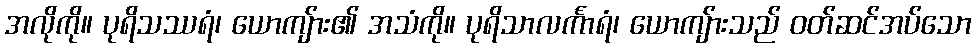
အလိုကို။ ပုရိသဿရံ၊ ယောကျ်ား၏ အသံကို။ ပုရိသာလင်္ကာရံ၊ ယောကျ်ားသည် ဝတ်ဆင်အပ်သော